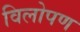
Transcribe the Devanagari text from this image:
विलोपण